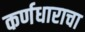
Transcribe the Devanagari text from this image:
कर्णधाराचा